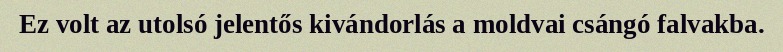
Ez volt az utolsó jelentős kivándorlás a moldvai csángó falvakba.